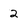
Character: 2